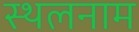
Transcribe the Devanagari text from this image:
स्थलनाम